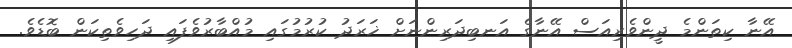
އޭނާ ކިތަންމެ ދީންވެރިއަސް އޭނާގެ އަނބިދަރިންނަށް ޚަރަދު ކުރުމުގައި މުއްބާރުވެފައި ދަހިވެތިކަން ބޮޑެވެ.